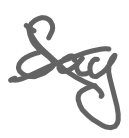
Text: Say
Cross-out: cross
Writing tool: digital_gray